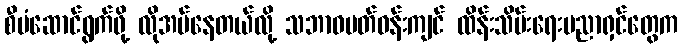
စီမံဆောင်ရွက်ဖို့ လိုအပ်နေတယ်လို့ သဘာဝပတ်ဝန်းကျင် ထိန်းသိမ်းရေးပညာရှင်တွေက